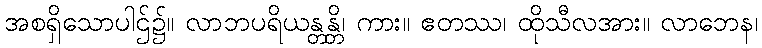
အစရှိသောပါဌ်၌။ လာဘပရိယန္တန္တိ၊ ကား။ ဧတဿ၊ ထိုသီလအား။ လာဘေန၊